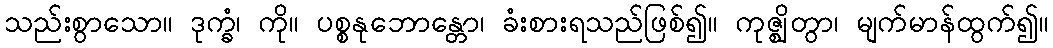
သည်းစွာသော။ ဒုက္ခံ၊ ကို။ ပစ္စနုဘောန္တော၊ ခံးစားရသည်ဖြစ်၍။ ကုဇ္ဈိတွာ၊ မျက်မာန်ထွက်၍။